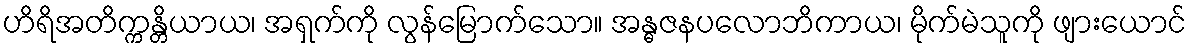
ဟိရိအတိက္ကန္တိယာယ၊ အရှက်ကို လွန်မြောက်သော။ အန္ဓဇနပလောဘိကာယ၊ မိုက်မဲသူကို ဖျားယောင်